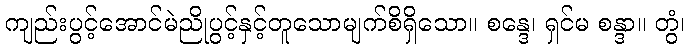
ကျည်းပွင့်အောင်မဲညိုပွင့်နှင့်တူသောမျက်စိရှိသော။ စန္ဒေ၊ ရှင်မ စန္ဒာ။ တွံ၊